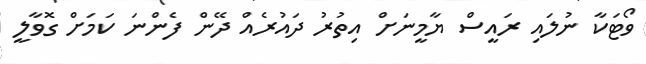
ވޯޓަކާ ނުލައި ރައީސް ޔާމީނަށް އިތުރު ދައުރެއް ދޭން ފެންނަ ކަމަށް ގޮވާލީ